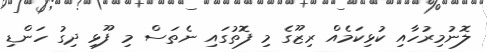
ލޮނުމިރުހާއި ކުޅިކަމެއް ރިޒޫގެ މި ފޮތުގައި ނެތަސް މި ފޫޅި ދިގު ހަންޑި